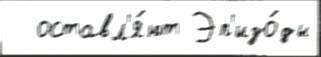
  оставл'я́ют Эп'изо́ды